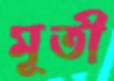
মূতী